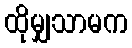
ထိုမျှသာမက